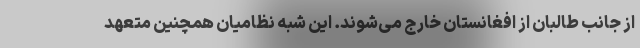
از جانب طالبان از افغانستان خارج می‌شوند. این شبه نظامیان همچنین متعهد